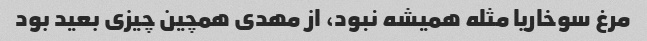
مرغ سوخاریا مثله همیشه نبود، از مهدی همچین چیزی بعید بود